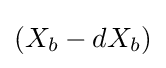
(X_{b}-dX_{b})